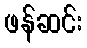
ဖန်ဆင်း